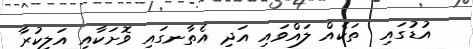
އުޑުގައި  ތަކެއް ލައްވައި އަދި އެތާނގައި ވޮށަކާއި އަލިކުރާ